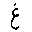
Letter: _gayn